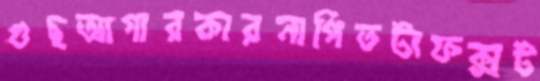
গুছআগারকারনাপিতটাফক্সট